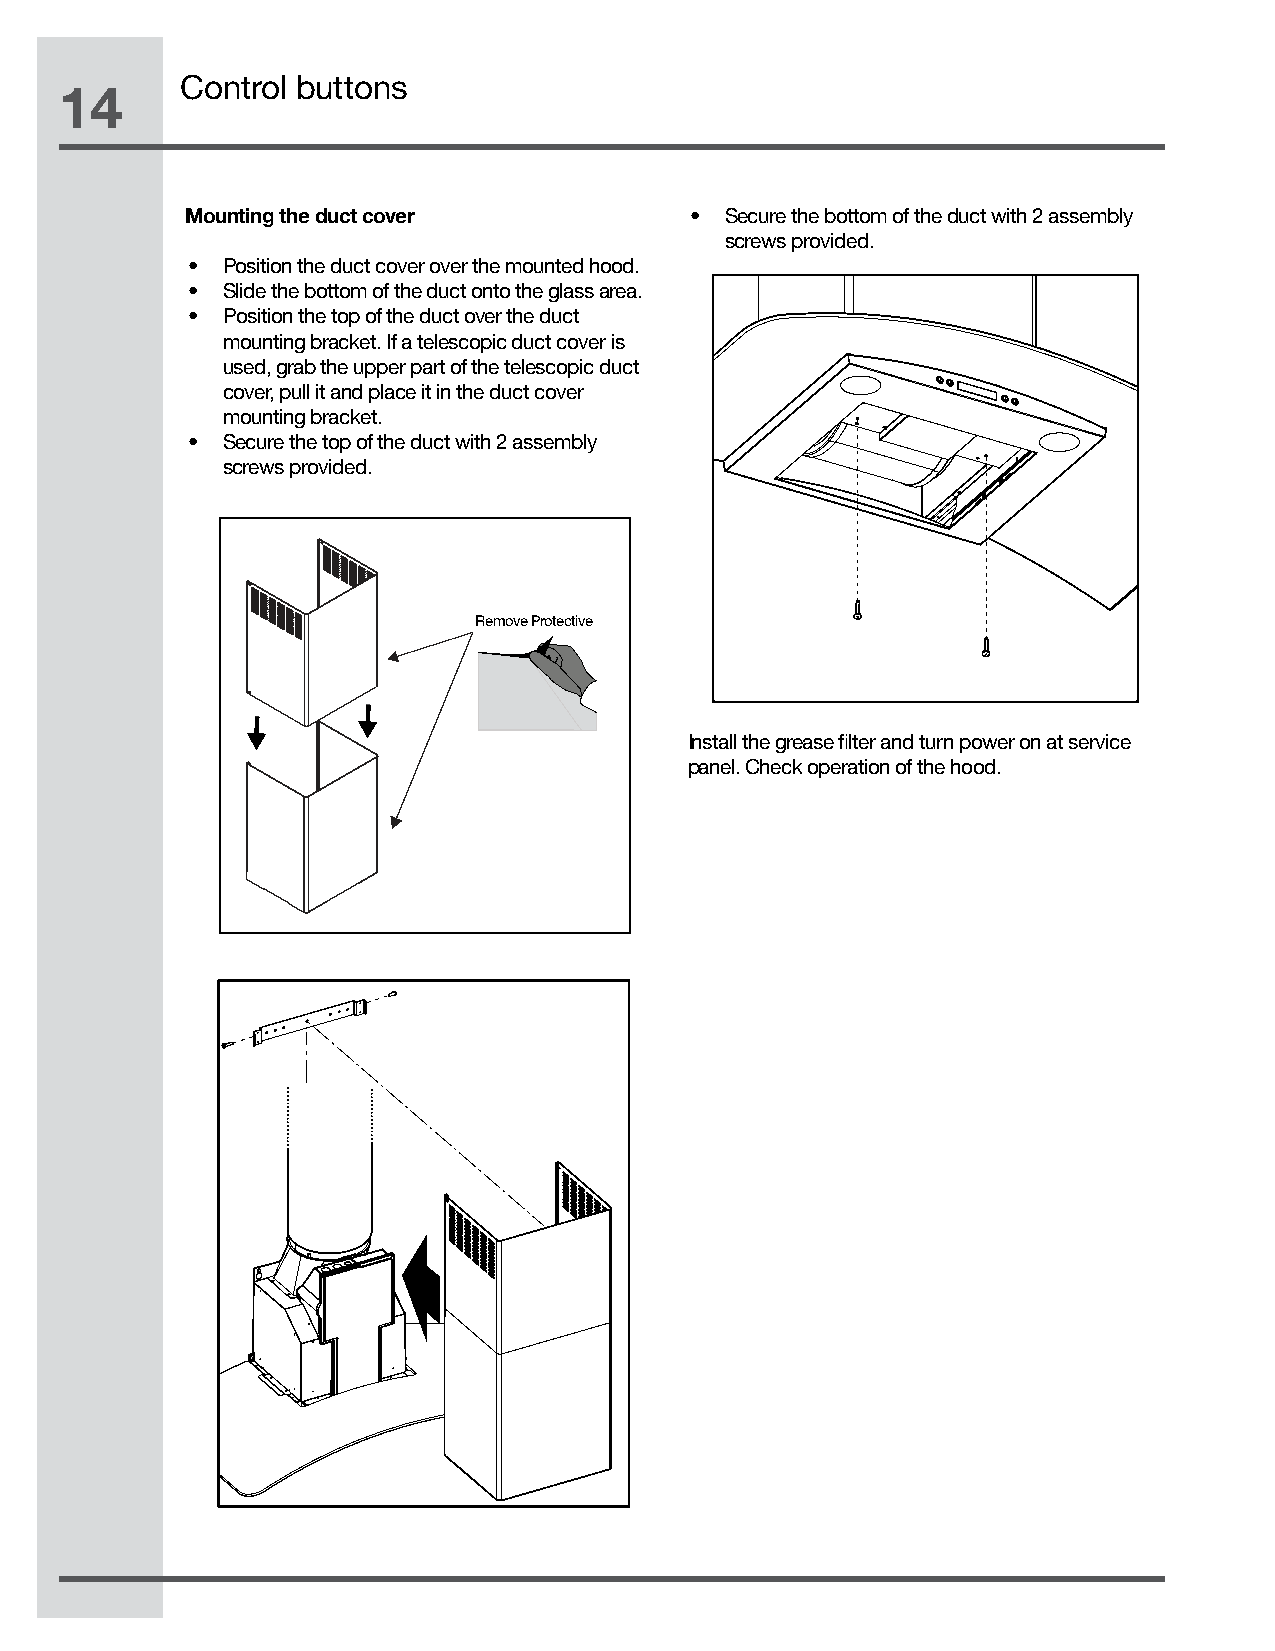
Control buttons
 14
 Mounting the duct cover           • Secure the bottom of the duct with 2 assembly
 screws provided.
 •  Position the duct cover over the mounted hood.
 •  Slide the bottom of the duct onto the glass area.
 •  Position the top of the duct over the duct
 mounting bracket. If a telescopic duct cover is
 used, grab the upper part of the telescopic duct
 cover, pull it and place it in the duct cover
 mounting bracket.
 •  Secure the top of the duct with 2 assembly
 screws provided.
 Remove Protective
 Install the grease filter and turn power on at service
 panel. Check operation of the hood.